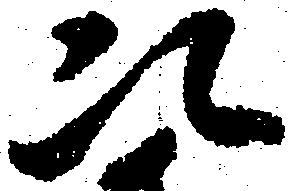
次